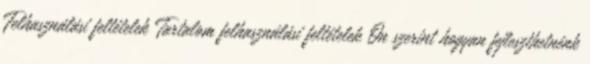
Felhasználási feltételek Tartalom felhasználási feltételek Ön szerint hogyan fejleszthetnénk